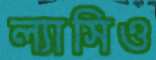
ল্যাসিও